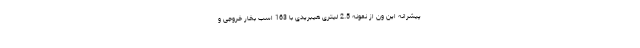
پیشرانه این ون از نمونه 2.5 لیتری هیبریدی با 163 اسب بخار خروجی و